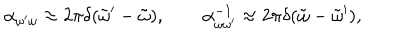
\alpha _ { \omega ^ { \prime } \omega } \approx 2 \pi \delta ( \tilde { \omega } ^ { \prime } - \tilde { \omega } ) , \qquad \alpha _ { \omega \omega ^ { \prime } } ^ { - 1 } \approx 2 \pi \delta ( \tilde { \omega } - \tilde { \omega } ^ { \prime } ) ,